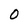
Character: 0